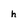
Character: h